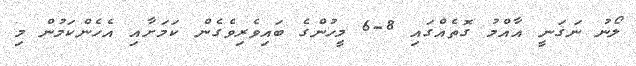
ލޯނު ނަގަނީ އާއްމު ގޮތެއްގައި 8-6 މީހުންގެ ބައިވެރިވެގެން ކަމަށާއި އެހެންކަމުން މި